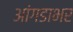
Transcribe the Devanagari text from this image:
आंगडाभर